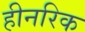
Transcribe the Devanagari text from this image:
हीनरिक